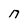
Character: n